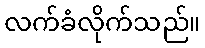
လက်ခံလိုက်သည်။